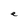
Character: e